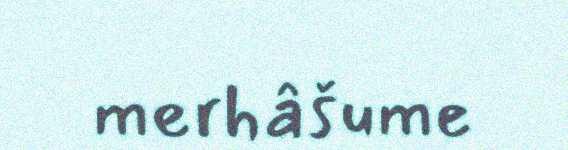
merhâšume